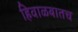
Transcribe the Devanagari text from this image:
हिवाळयातच